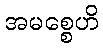
အမစ္စေဟိ